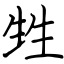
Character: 甡